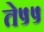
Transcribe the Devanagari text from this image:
ते५५